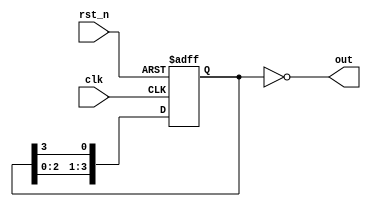
module johnson_counter (
    input clk,
    input rst_n, 
    output reg [3:0] out
);

reg [3:0] q;

always @(posedge clk or negedge rst_n) begin
    if (~rst_n) begin
        q <= 4'b0001;  // Initial state
    end else begin
        q <= {q[2:0], q[3]};  // Circular shift of the bits
    end
end

assign out = ~q;

endmodule